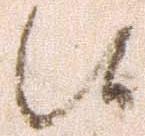
候